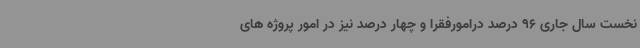
نخست سال جاری 96 درصد درامورفقرا و چهار درصد نیز در امور پروژه های